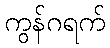
ကွန်ဂရက်